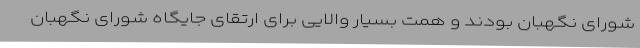
شورای نگهبان بودند و همت بسیار والایی برای ارتقای جایگاه شورای نگهبان